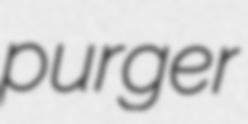
purger